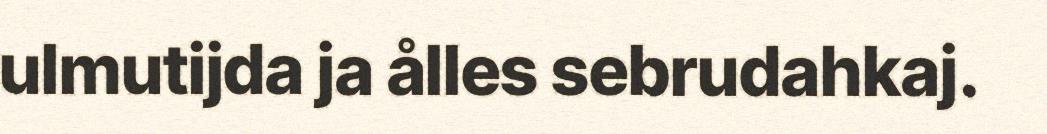
ulmutijda ja ålles sebrudahkaj.